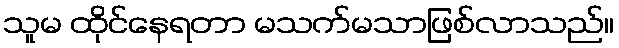
သူမ ထိုင်နေရတာ မသက်မသာဖြစ်လာသည်။